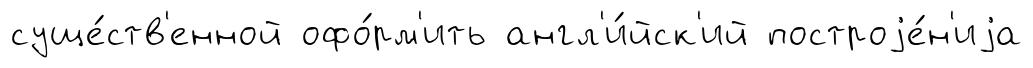
суще́ств'енной офо́рм'ить англ'и́йск'ий построjе́н'иjа